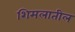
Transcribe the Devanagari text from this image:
शिमलातील